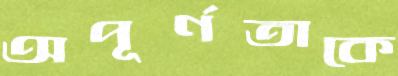
অপূর্ণতাকে